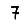
Digit: 7